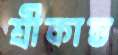
শ্রীকান্ত